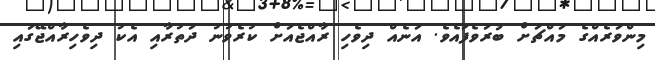
މިންވަރެއްގެ މައްޗަށް ބުރަވެފައެވެ. އަނެއް ދިވެހި ރާއްޖެއަށް ކުރެވުނު ދަތުރާއި އެކު ދިވެހިރާއްޖޭގައި